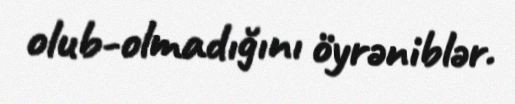
olub-olmadığını öyrəniblər.